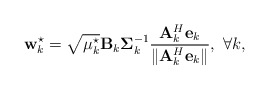
\begin{align*} {{\bf{w}}_k^{\star}} = \sqrt {{\mu _k^{\star}}} {{\bf{B}}_k}{\bf{\Sigma }}_k^{ - 1}\frac{{{\bf{A}}_k^H{{\bf{e}}_k}}}{{\left\| {{\bf{A}}_k^H{{\bf{e}}_k}} \right\|}}, \ \forall k, \end{align*}